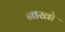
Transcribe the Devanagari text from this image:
नाखो